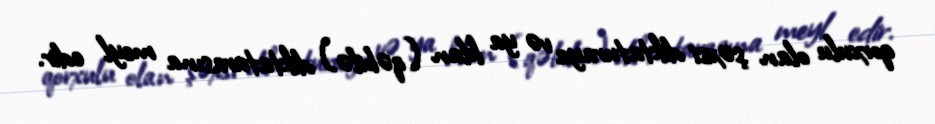
qorxulu olan şəxsi diktaturaya və ya klan (qəbilə) diktaturasına meyl edir.